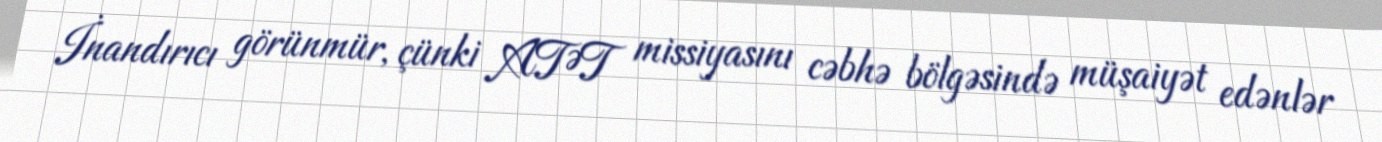
İnandırıcı görünmür, çünki ATƏT missiyasını cəbhə bölgəsində müşaiyət edənlər